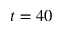
t = 4 0